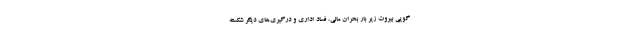
گویی بیروت زیر بار بحران مالی، فساد اداری و درگیری‌های دیگر ‌شکسته